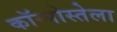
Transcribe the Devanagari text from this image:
कॉम्पोस्तेला